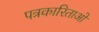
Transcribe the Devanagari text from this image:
पत्रकारिताओं